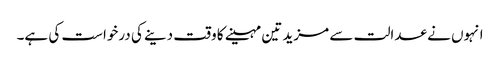
انہوں نے عدالت سے مزید تین مہینے کا وقت دینے کی درخواست کی ہے۔